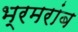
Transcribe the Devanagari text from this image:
भ्रमरांब